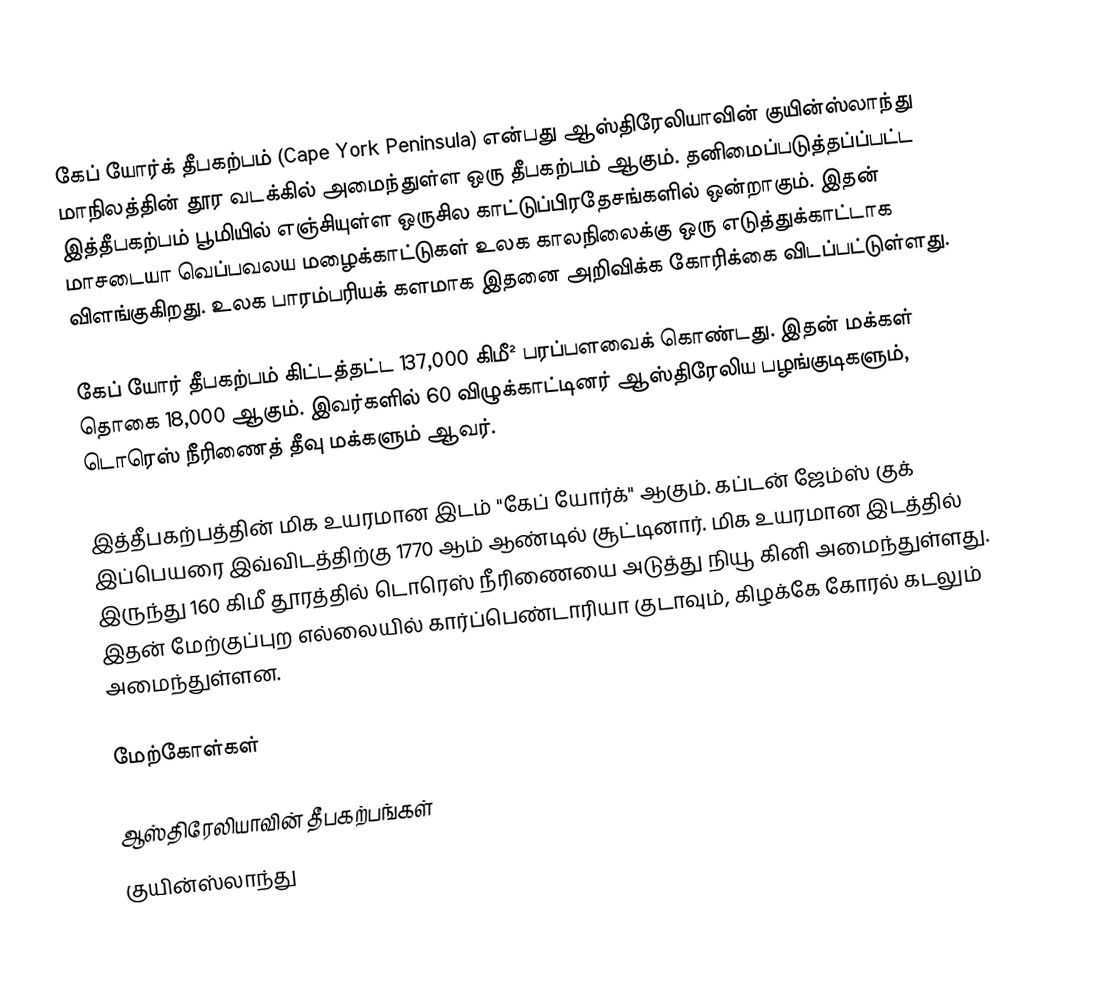
கேப் யோர்க் தீபகற்பம் (Cape York Peninsula) என்பது ஆஸ்திரேலியாவின் குயின்ஸ்லாந்து மாநிலத்தின் தூர வடக்கில் அமைந்துள்ள ஒரு தீபகற்பம் ஆகும். தனிமைப்படுத்தப்ப்பட்ட இத்தீபகற்பம் பூமியில் எஞ்சியுள்ள ஒருசில காட்டுப்பிரதேசங்களில் ஒன்றாகும். இதன் மாசடையா வெப்பவலய மழைக்காட்டுகள் உலக காலநிலைக்கு ஒரு எடுத்துக்காட்டாக விளங்குகிறது. உலக பாரம்பரியக் களமாக இதனை அறிவிக்க கோரிக்கை விடப்பட்டுள்ளது.

கேப் யோர் தீபகற்பம் கிட்டத்தட்ட 137,000 கிமீ² பரப்பளவைக் கொண்டது. இதன் மக்கள் தொகை 18,000 ஆகும். இவர்களில் 60 விழுக்காட்டினர் ஆஸ்திரேலிய பழங்குடிகளும், டொரெஸ் நீரிணைத் தீவு மக்களும் ஆவர்.

இத்தீபகற்பத்தின் மிக உயரமான இடம் "கேப் யோர்க்" ஆகும். கப்டன் ஜேம்ஸ் குக் இப்பெயரை இவ்விடத்திற்கு 1770 ஆம் ஆண்டில் சூட்டினார். மிக உயரமான இடத்தில் இருந்து 160 கிமீ தூரத்தில் டொரெஸ் நீரிணையை அடுத்து நியூ கினி அமைந்துள்ளது. இதன் மேற்குப்புற எல்லையில் கார்ப்பெண்டாரியா குடாவும், கிழக்கே கோரல் கடலும் அமைந்துள்ளன.

மேற்கோள்கள்

ஆஸ்திரேலியாவின் தீபகற்பங்கள்
குயின்ஸ்லாந்து